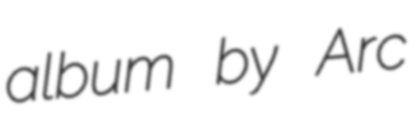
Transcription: album by Arc